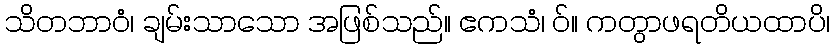
သိတဘာဝံ၊ ချမ်းသာသော အဖြစ်သည်။ ဧကသံ၊ ဝ်။ ကတွာဖရတိယထာပိ၊